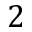
2